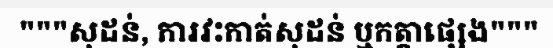
"""សុដន់, ការវះកាត់សុដន់ ឬកត្តាផ្សេង"""